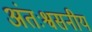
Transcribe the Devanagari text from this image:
अंतःश्वसनीय